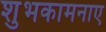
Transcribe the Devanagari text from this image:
शुभकामनाए